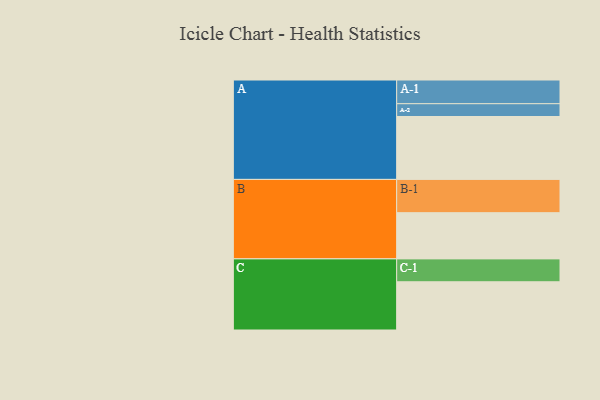
{"axis": {"x": "Segment", "y": "Value"}, "legend": ["", "A", "B", "C"], "data": [{"x": "A", "y": 467, "type": ""}, {"x": "B", "y": 343, "type": ""}, {"x": "C", "y": 358, "type": ""}, {"x": "A-1", "y": 176, "type": "A"}, {"x": "A-2", "y": 95, "type": "A"}, {"x": "B-1", "y": 247, "type": "B"}, {"x": "C-1", "y": 170, "type": "C"}]}